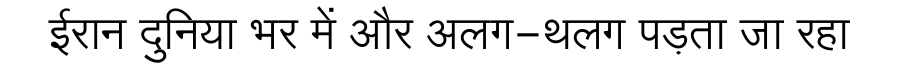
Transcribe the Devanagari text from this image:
ईरान दुनिया भर में और अलग-थलग पड़ता जा रहा